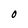
Character: O